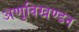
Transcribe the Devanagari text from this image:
अणुविखण्डन